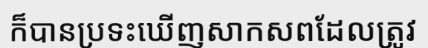
ក៏បានប្រទះឃើញសាកសពដែលត្រូវ